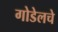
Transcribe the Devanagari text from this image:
गोडेलचे